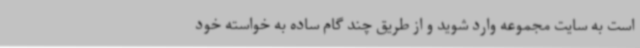
است به سایت مجموعه وارد شوید و از طریق چند گام ساده به خواسته خود